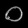
Digit: ၀